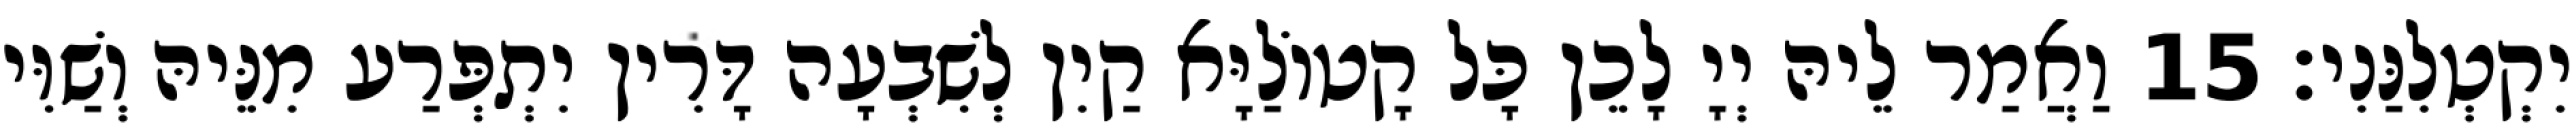
יִקְטְלִנַּנִי׃ 15 וַאֲמַר לֵיהּ יְיָ לָכֵן כָּל קָטוֹלַיָּא קַיִן לְשִׁבְעָה דָּרִין יִתְפְּרַע מִנֵּיהּ וְשַׁוִּי